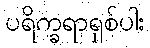
ပရိက္ခရာရှစ်ပါး